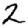
Digit: 2